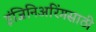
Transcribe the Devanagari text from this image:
इंजिनिअरिंगसाठी